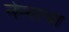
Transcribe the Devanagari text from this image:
नेन्सचा